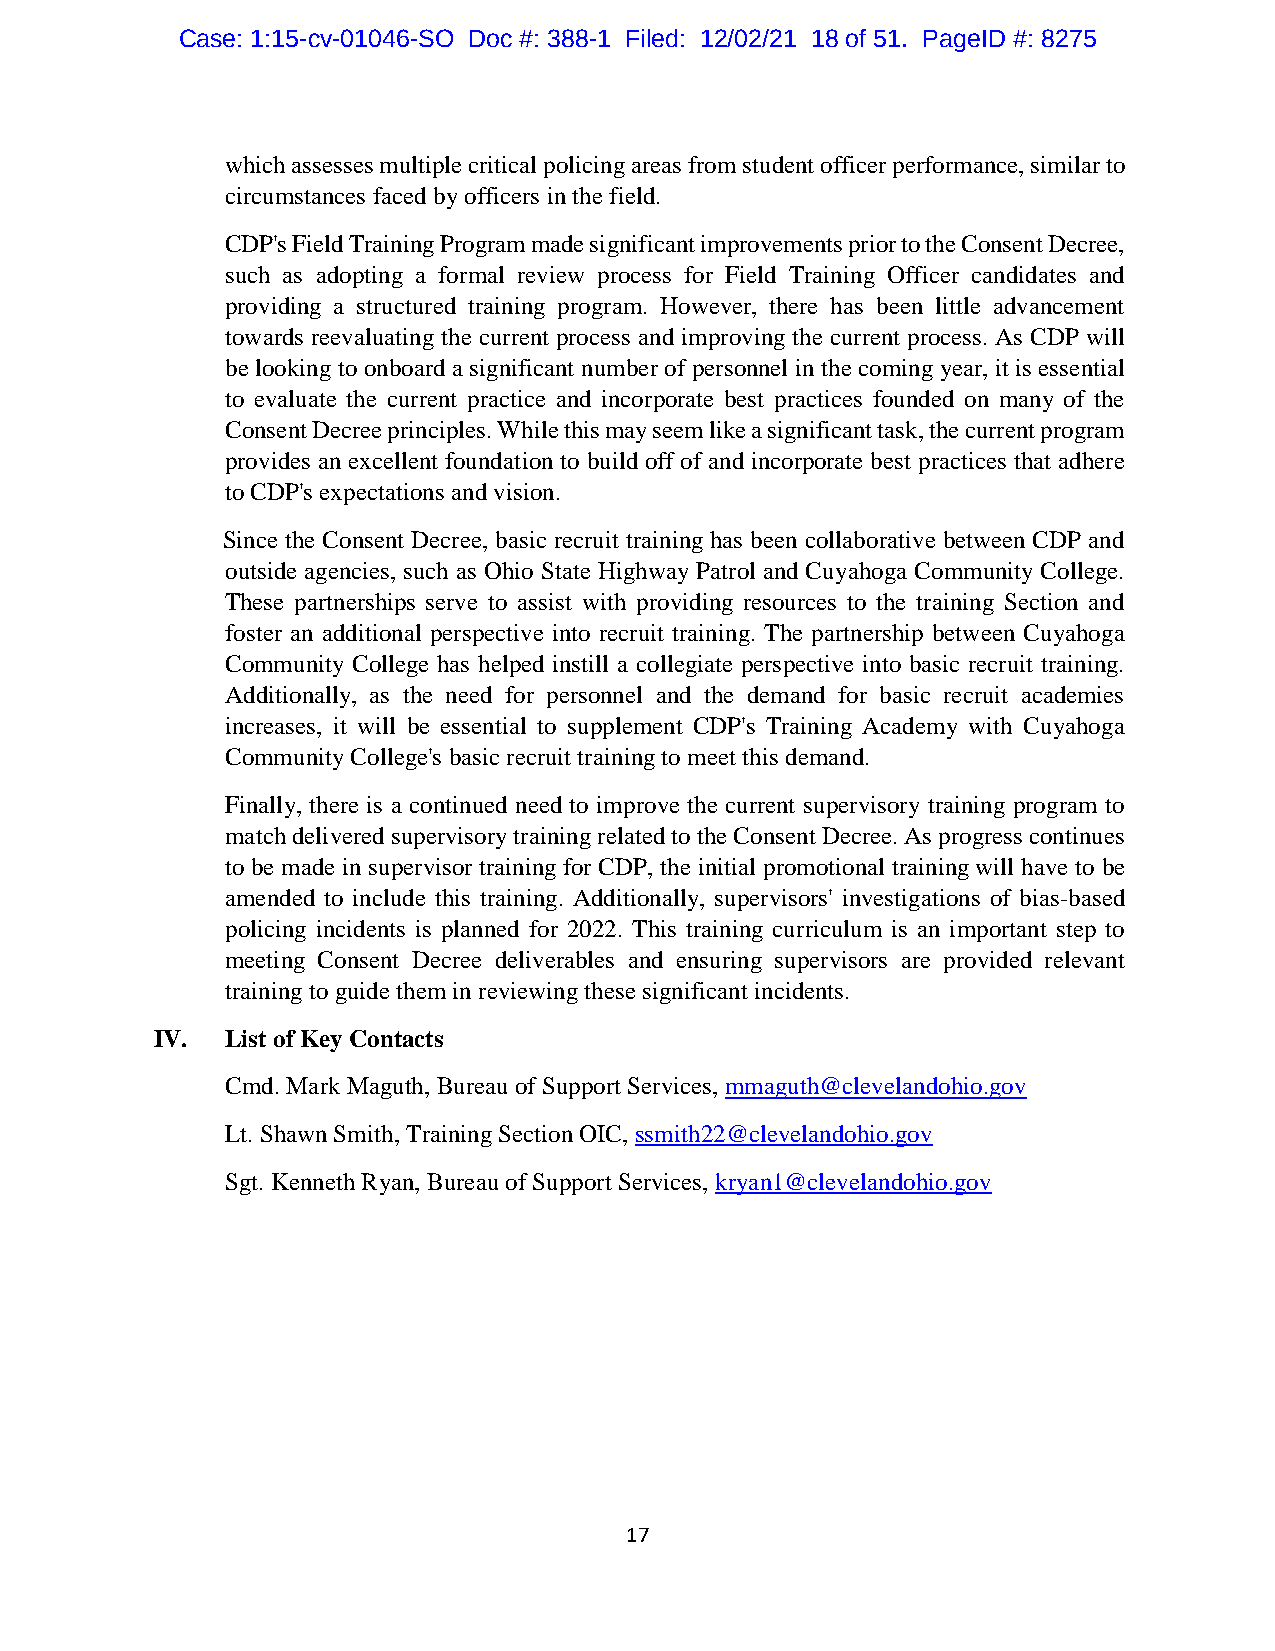
Case: 1:15-cv-01046-SO Doc #: 388-1 Filed: 12/02/21 18 of 51. PageID #: 8275
 which assesses multiple critical policing areas from student officer performance, similar to
 circumstances faced by officers in the field.
 CDP's Field Training Program made significant improvements prior to the Consent Decree,
 such as adopting a formal review process for Field Training Officer candidates and
 providing a structured training program. However, there has been little advancement
 towards reevaluating the current process and improving the current process. As CDP will
 be looking to onboard a significant number of personnel in the coming year, it is essential
 to evaluate the current practice and incorporate best practices founded on many of the
 Consent Decree principles. While this may seem like a significant task, the current program
 provides an excellent foundation to build off of and incorporate best practices that adhere
 to CDP's expectations and vision.
 Since the Consent Decree, basic recruit training has been collaborative between CDP and
 outside agencies, such as Ohio State Highway Patrol and Cuyahoga Community College.
 These partnerships serve to assist with providing resources to the training Section and
 foster an additional perspective into recruit training. The partnership between Cuyahoga
 Community College has helped instill a collegiate perspective into basic recruit training.
 Additionally, as the need for personnel and the demand for basic recruit academies
 increases, it will be essential to supplement CDP's Training Academy with Cuyahoga
 Community College's basic recruit training to meet this demand.
 Finally, there is a continued need to improve the current supervisory training program to
 match delivered supervisory training related to the Consent Decree. As progress continues
 to be made in supervisor training for CDP, the initial promotional training will have to be
 amended to include this training. Additionally, supervisors' investigations of bias-based
 policing incidents is planned for 2022. This training curriculum is an important step to
 meeting Consent Decree deliverables and ensuring supervisors are provided relevant
 training to guide them in reviewing these significant incidents.
 IV.  List of Key Contacts
 Cmd. Mark Maguth, Bureau of Support Services, mmaguth@clevelandohio.gov
 Lt. Shawn Smith, Training Section OIC, ssmith22@clevelandohio.gov
 Sgt. Kenneth Ryan, Bureau of Support Services, kryan1@clevelandohio.gov
 17